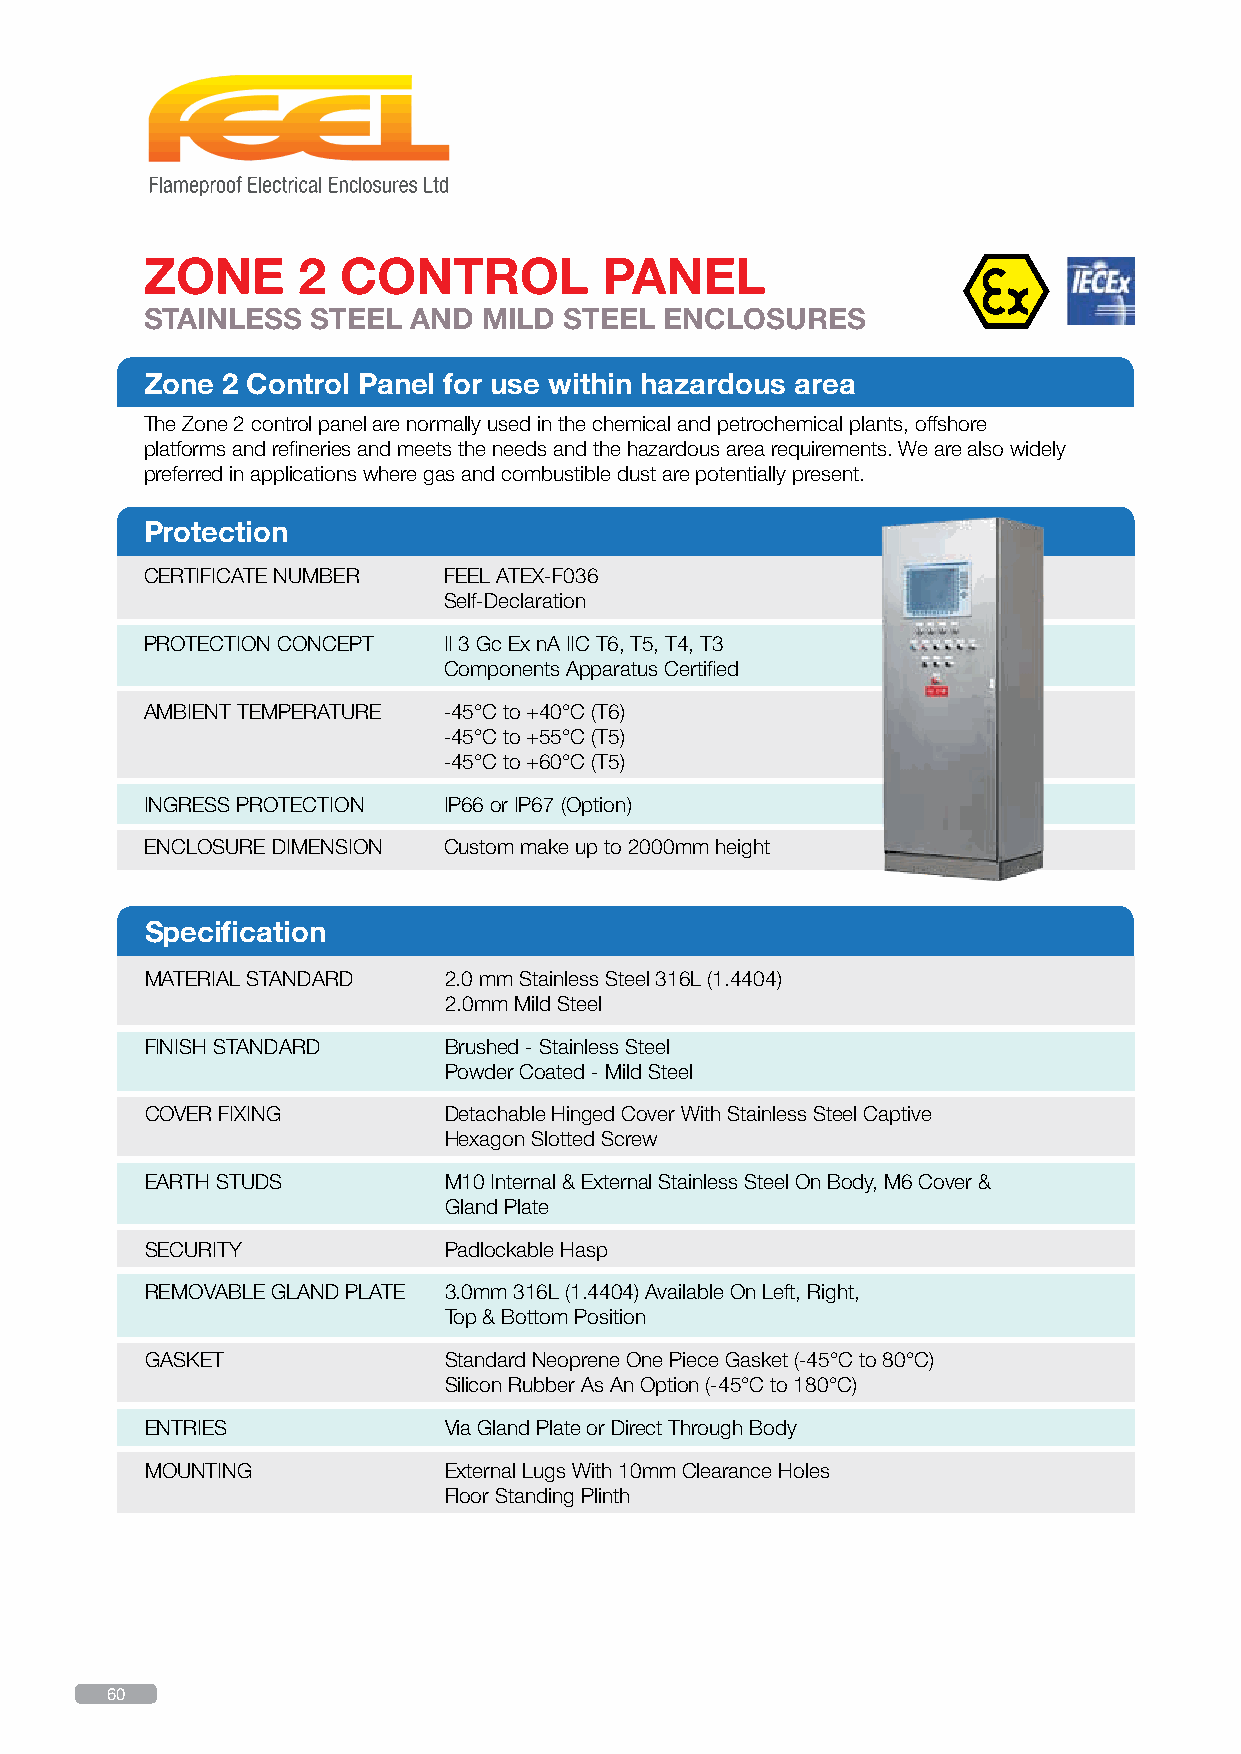
ZONE      2  CONTROL          PANEL
 STAINLESS  STEEL AND  MILD STEEL  ENCLOSURES
 Zone 2 Control Panel for use within hazardous area
 The Zone 2 control panel are normally used in the chemical and petrochemical plants, offshore
 platforms and refineries and meets the needs and the hazardous area requirements. We are also widely
 preferred in applications where gas and combustible dust are potentially present.
 Protection
 CERTIFICATE NUMBER FEEL ATEX-F036
 Self-Declaration
 PROTECTION CONCEPT II 3 Gc Ex nA IIC T6, T5, T4, T3
 Components Apparatus Certified
 AMBIENT TEMPERATURE -45°C to +40°C (T6)
 -45°C to +55°C (T5)
 -45°C to +60°C (T5)
 INGRESS PROTECTION IP66 or IP67 (Option)
 ENCLOSURE DIMENSION Custom make up to 2000mm height
 Specification
 MATERIAL STANDARD  2.0 mm Stainless Steel 316L (1.4404)
 2.0mm Mild Steel
 FINISH STANDARD    Brushed - Stainless Steel
 Powder Coated - Mild Steel
 COVER FIXING       Detachable Hinged Cover With Stainless Steel Captive
 Hexagon Slotted Screw
 EARTH STUDS        M10 Internal & External Stainless Steel On Body, M6 Cover &
 Gland Plate
 SECURITY           Padlockable Hasp
 REMOVABLE GLAND PLATE 3.0mm 316L (1.4404) Available On Left, Right,
 Top & Bottom Position
 GASKET             Standard Neoprene One Piece Gasket (-45°C to 80°C)
 Silicon Rubber As An Option (-45°C to 180°C)
 ENTRIES            Via Gland Plate or Direct Through Body
 MOUNTING           External Lugs With 10mm Clearance Holes
 Floor Standing Plinth
 60